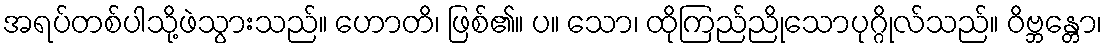
အရပ်တစ်ပါသို့ဖဲသွားသည်။ ဟောတိ၊ ဖြစ်၏။ ပ။ သော၊ ထိုကြည်ညိုသောပုဂ္ဂိုလ်သည်။ ဝိဗ္ဘန္တော၊